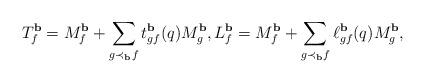
LaTeX: \begin{align*}T^{\bf b}_f=M^{\bf b}_f+\sum_{g\prec_{\bf b}f}t_{gf}^{\bf b}(q)M^{\bf b}_g, L^{\bf b}_f=M^{\bf b}_f+\sum_{g\prec_{\bf b}f}\ell_{gf}^{\bf b}(q)M^{\bf b}_g,\end{align*}